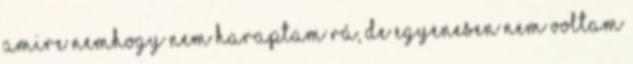
amire nemhogy nem haraptam rá, de egyenesen nem voltam